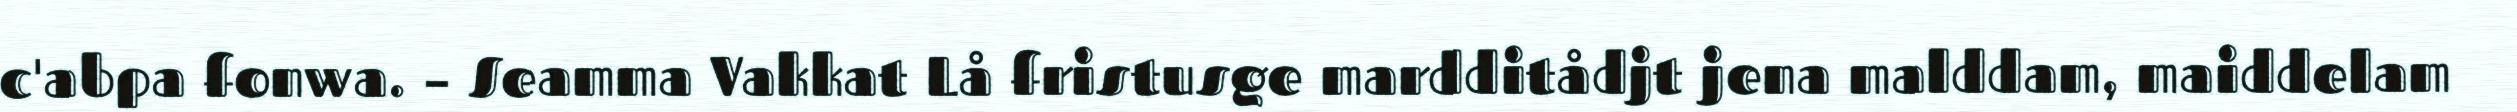
c'abpa fonwa. – Seamma Vakkat Lå fristusge mardditådjt jena malddam, maiddelam